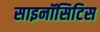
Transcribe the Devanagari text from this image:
साइनॉसिटिस